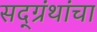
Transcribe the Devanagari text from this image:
सद्ग्रंथांचा